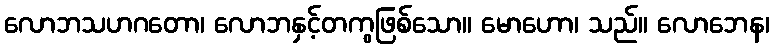
လောဘသဟဂတော၊ လောဘနှင့်တကွဖြစ်သော။ မောဟော၊ သည်။ လောဘေန၊